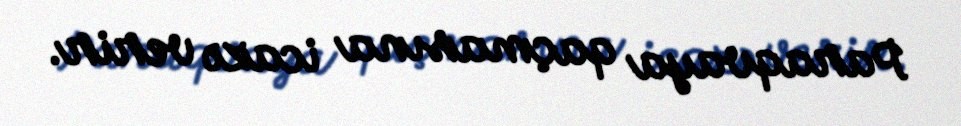
Paraqvaya qaçmasına icazə verir.